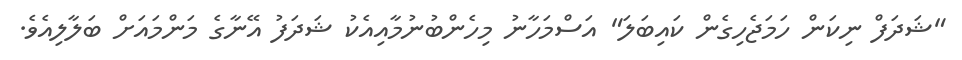
"ޝަދަފް ނިކަން ހަމަޖެހިގެން ކައިބަލަ" އަސްމަހާނު މިހެންބުނުމާއިއެކު ޝަދަފު އޭނާގެ މަންމައަށް ބަލާލިއެވެ.